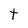
Character: t